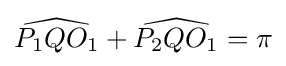
{\widehat {P_{1}QO_{1}}}+{\widehat {P_{2}QO_{1}}}=\pi